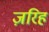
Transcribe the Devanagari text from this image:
ज़रिह